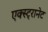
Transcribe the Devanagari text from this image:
एक्स्ट्रानेट